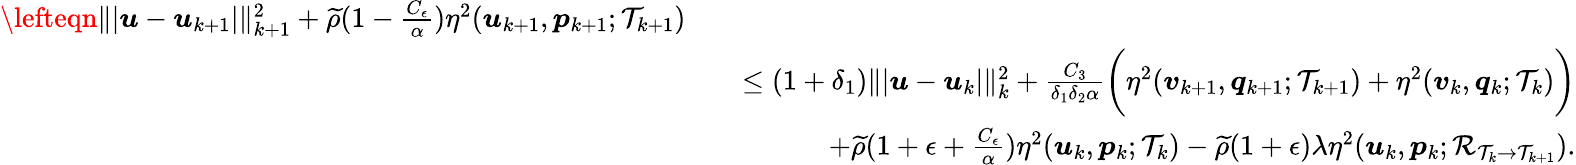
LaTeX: \begin{array}{rlr}{\lefteqn{\| \vert\boldsymbol{u}-\boldsymbol{u}_{k+1}\vert\| _{k+1}^{2}+\widetilde{\rho}(1-\frac{C_{\epsilon}}{\alpha})\eta^{2}(\boldsymbol{u}_{k+1},\boldsymbol{p}_{k+1};\mathcal{T}_{k+1})}}\\ &{}&{\leq(1+\delta_{1})\| \vert\boldsymbol{u}-\boldsymbol{u}_{k}\vert\| _{k}^{2}+\frac{C_{3}}{\delta_{1}\delta_{2}\alpha}\bigg(\eta^{2}(\boldsymbol{v}_{k+1},\boldsymbol{q}_{k+1};\mathcal{T}_{k+1})+\eta^{2}(\boldsymbol{v}_{k},\boldsymbol{q}_{k};\mathcal{T}_{k})\bigg)}\\ &{}&{\quad+\widetilde{\rho}(1+\epsilon+\frac{C_{\epsilon}}{\alpha})\eta^{2}(\boldsymbol{u}_{k},\boldsymbol{p}_{k};\mathcal{T}_{k})-\widetilde{\rho}(1+\epsilon)\lambda\eta^{2}(\boldsymbol{u}_{k},\boldsymbol{p}_{k};\mathcal{R}_{\mathcal{T}_{k}\rightarrow\mathcal{T}_{k+1}}).}\end{array}